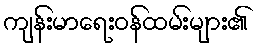
ကျန်းမာရေးဝန်ထမ်းများ၏